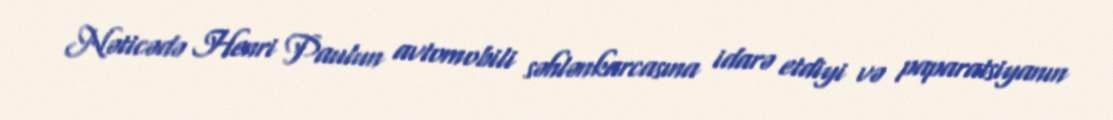
Nəticədə Henri Paulun avtomobili səhlənkarcasına idarə etdiyi və paparatsiyanın